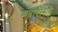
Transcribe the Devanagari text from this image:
संवादासह